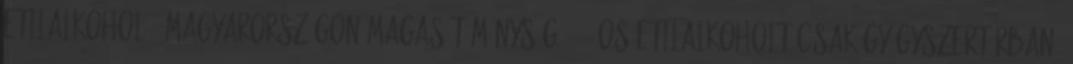
etilalkohol - Magyarországon magas töménységű 70%-os etilalkoholt csak gyógyszertárban,